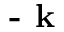
\textbf { - k }